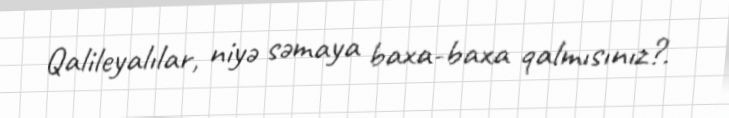
Qalileyalılar, niyə səmaya baxa-baxa qalmısınız?.